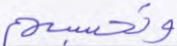
وتحسبهم